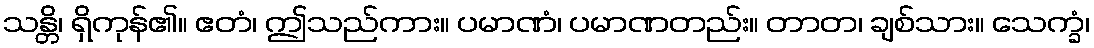
သန္တိ၊ ရှိကုန်၏။ ဧတံ၊ ဤသည်ကား။ ပမာဏံ၊ ပမာဏတည်း။ တာတ၊ ချစ်သား။ သေက္ခံ၊